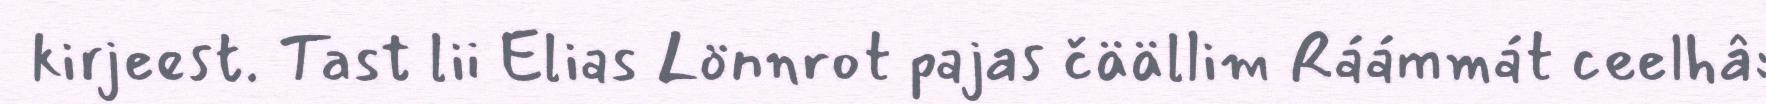
kirjeest. Tast lii Elias Lönnrot pajas čäällim Ráámmát ceelhâ: